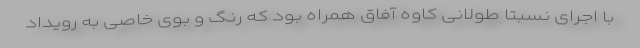
با اجرای نسبتا طولانی کاوه آفاق همراه بود که رنگ و بوی خاصی به رویداد